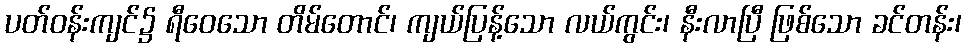
ပတ်ဝန်းကျင်၌ ရီဝေသော တိမ်တောင်၊ ကျယ်ပြန့်သော လယ်ကွင်း၊ နီးလာပြီ ဖြစ်သော ခင်တန်း၊